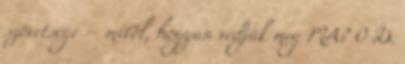
szövetsége – mitől, hogyan védjük meg MA? 0 D.